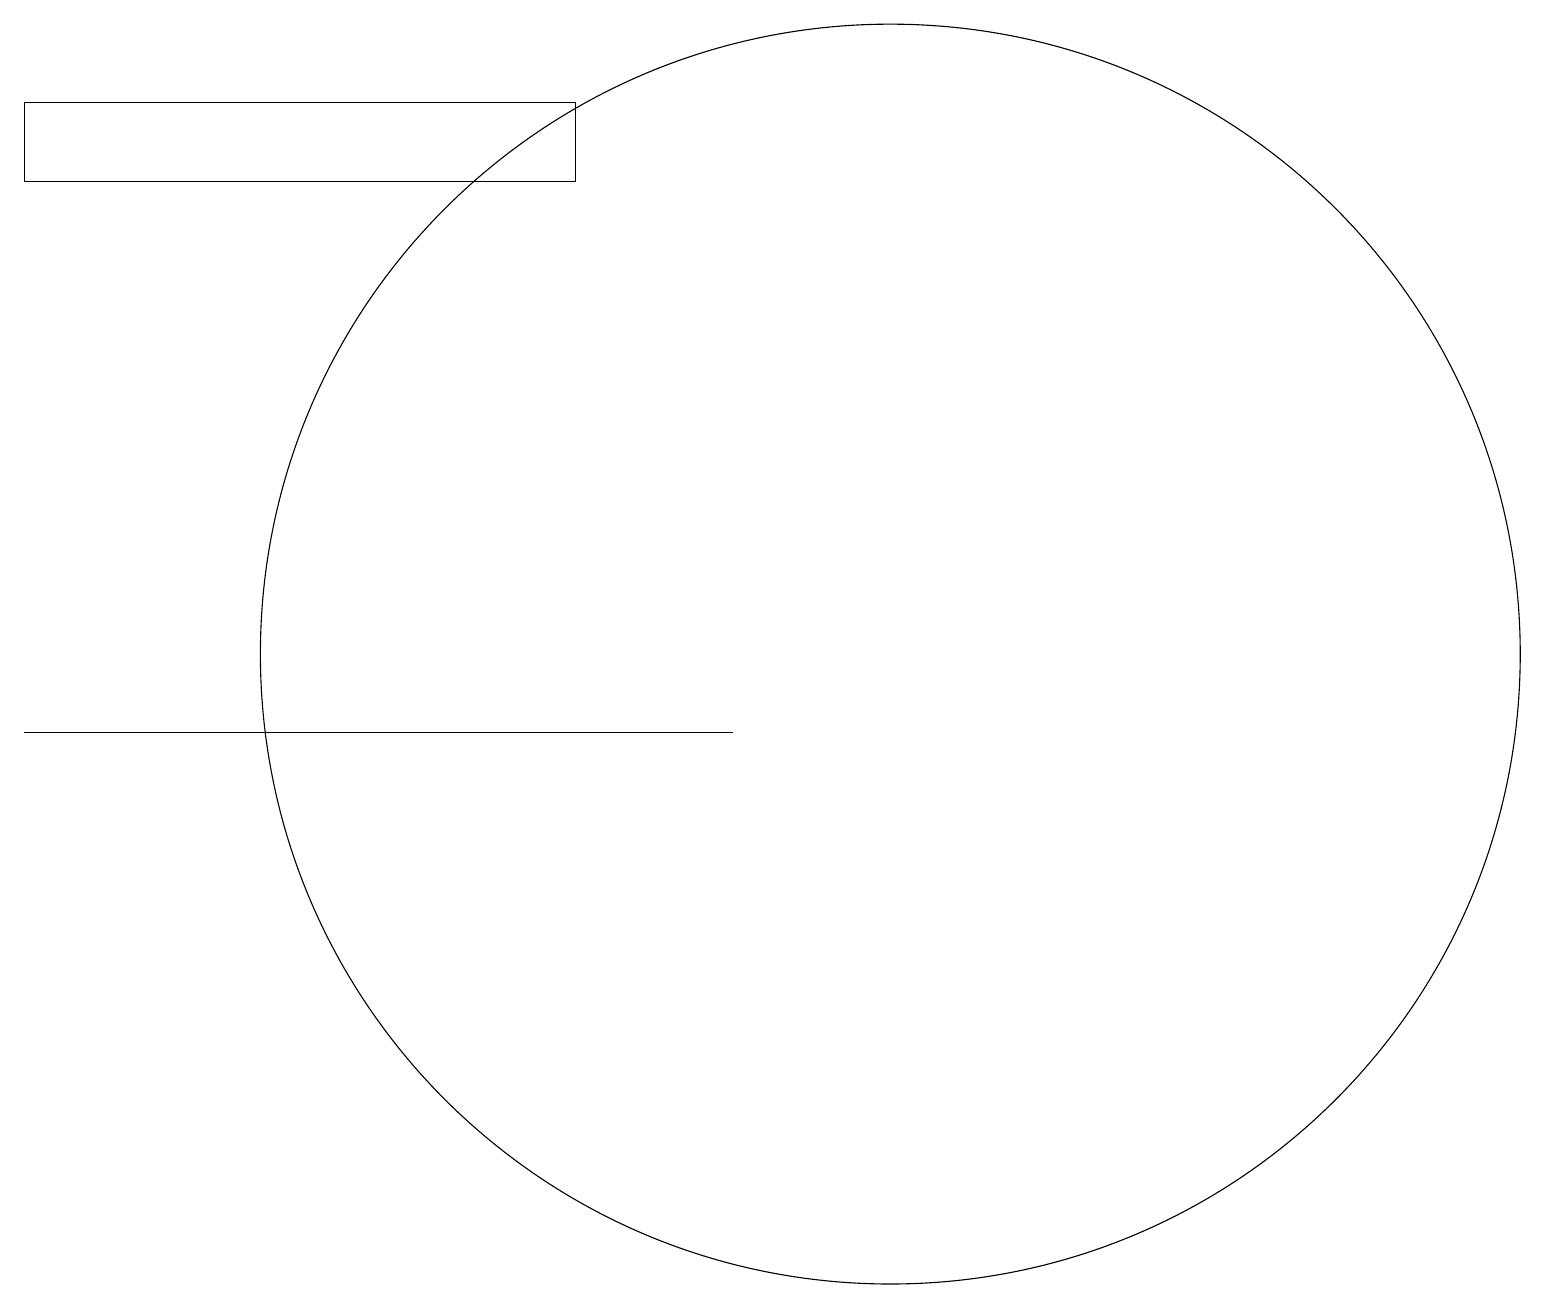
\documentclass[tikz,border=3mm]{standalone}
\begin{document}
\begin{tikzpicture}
\draw (11,11) circle (8);
\draw (0,18) rectangle (7,17);
\draw (9,10) rectangle (0,10);
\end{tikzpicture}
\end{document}